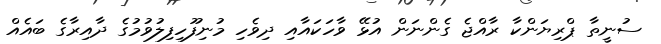
ސުނީތާ ޕްރިޔަންކާ ރާއްޖެ ގެންނަން އުޅޭ ވާހަކައާއި ދިވެހި މުނިފޫހިފިލުވުމުގެ ދާއިރާގެ ބައެއް